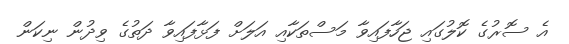
އެ ސޮރުގެ ކޮލުގައި ޖަހާފައިވާ މަސްތަކާއި އަލަށް ފަޅާފައިވާ ދަތުގެ ވިދުން ނިކަން